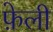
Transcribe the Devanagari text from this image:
फ़ेली